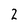
Character: 2